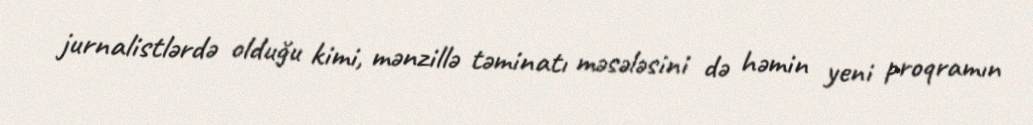
jurnalistlərdə olduğu kimi, mənzillə təminatı məsələsini də həmin yeni proqramın